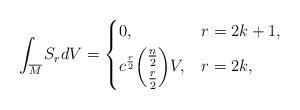
LaTeX: \begin{align*} \int_{\overline{M}}S_{r}dV=\begin{dcases}0, & r=2k+1, \\c^{\frac{r}{2}}\dbinom{\frac{n}{2}}{\frac{r}{2}}V, & r=2k,\end{dcases} \end{align*}